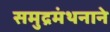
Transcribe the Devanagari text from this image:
समुद्रमंथनाने